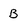
Character: B